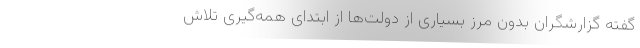
گفته گزارشگران بدون مرز بسیاری از دولت‌ها از ابتدای همه‌گیری تلاش